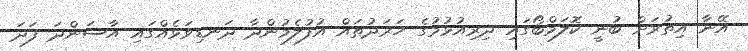
އޭނާ އިތުރަށް ބުނީ ކޮލަމްބޯގައި ދިރިއުޅުމުގެ ހަރަދުތައް އުުފުލެމުންދާ ދަނޑިވަޅެއްގައި އާސަންދަ ފަދަ